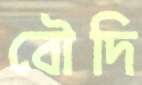
বৌদি